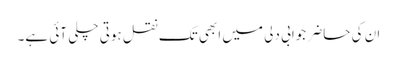
ان کی حاضر جوابی دلی میں ابھی تک نقل ہوتی چلی آئی ہے۔